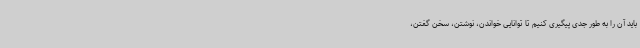
باید آن را به طور جدی پیگیری کنیم تا توانایی خواندن، نوشتن، سخن گفتن،